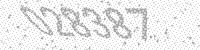
Solution: 028387